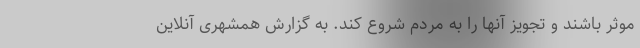
موثر باشند و تجویز آنها را به مردم شروع کند. به گزارش همشهری آنلاین